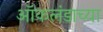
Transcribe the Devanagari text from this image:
ऑकलंडाच्या